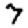
Digit: 7